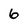
Character: 6